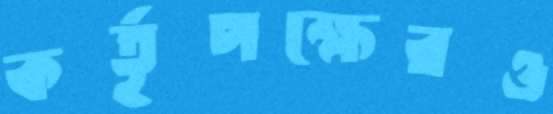
কর্তৃপক্ষেরও